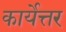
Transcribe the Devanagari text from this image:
कार्येत्तर